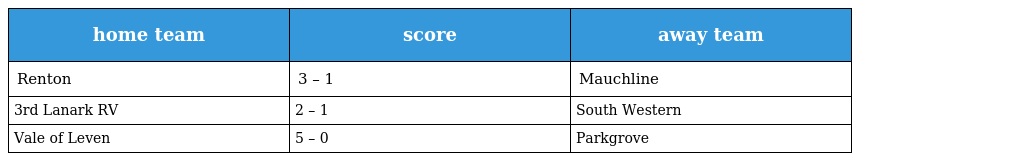
| home team | score | away team |
 | --- | --- | --- |
 | Renton | 3 – 1 | Mauchline |
 | 3rd Lanark RV | 2 – 1 | South Western |
 | Vale of Leven | 5 – 0 | Parkgrove |